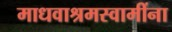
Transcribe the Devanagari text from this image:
माधवाश्रमस्वामींना